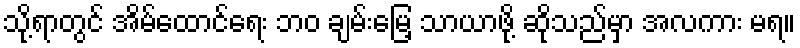
သို့ရာတွင် အိမ်ထောင်ရေး ဘဝ ချမ်းမြေ့ သာယာဖို့ ဆိုသည်မှာ အလကား မရ။